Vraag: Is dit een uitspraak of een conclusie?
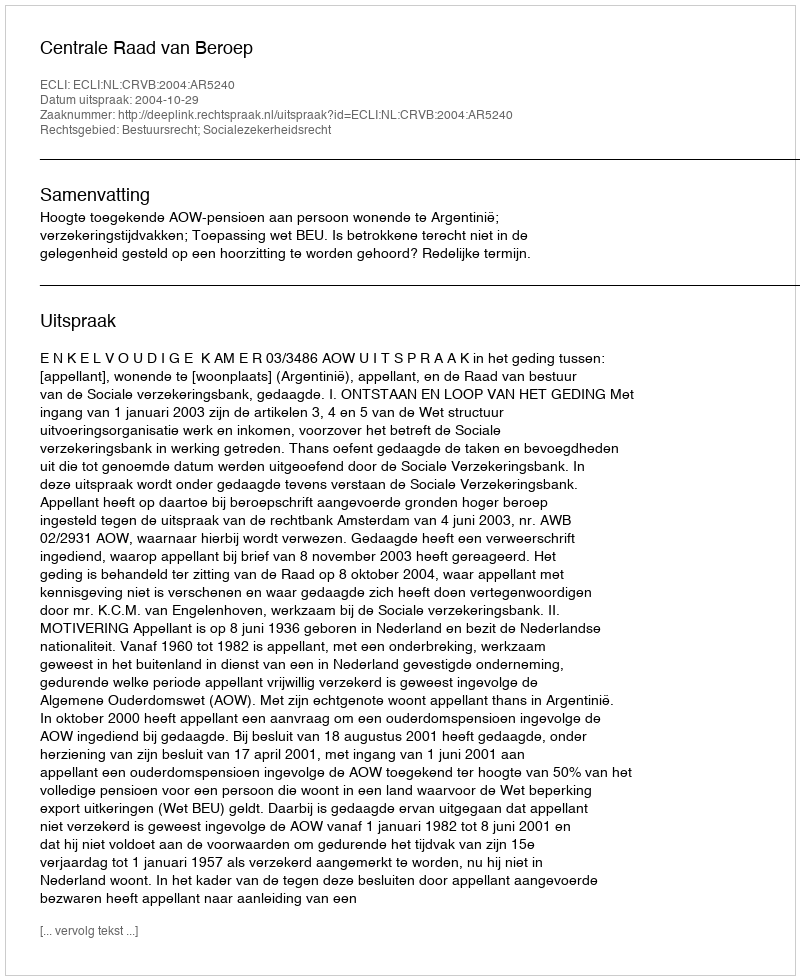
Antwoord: Uitspraak